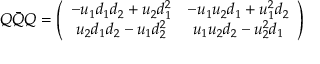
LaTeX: Q \bar { Q } Q = \left( \begin{array} { c c } { { - u _ { 1 } d _ { 1 } d _ { 2 } + u _ { 2 } d _ { 1 } ^ { 2 } } } & { { - u _ { 1 } u _ { 2 } d _ { 1 } + u _ { 1 } ^ { 2 } d _ { 2 } } } \\ { { u _ { 2 } d _ { 1 } d _ { 2 } - u _ { 1 } d _ { 2 } ^ { 2 } } } & { { u _ { 1 } u _ { 2 } d _ { 2 } - u _ { 2 } ^ { 2 } d _ { 1 } } } \end{array} \right)